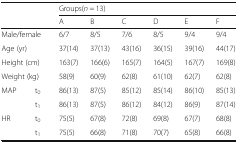
| <ROWSPAN=2-COLSPAN=2>  | <COLSPAN=6> Groups(n = 13) |
 | A | B | C | D | E | F |
 | --- | --- | --- | --- | --- | --- | --- | --- |
 | <COLSPAN=2> Male/female | 6/7 | 8/5 | 7/6 | 8/5 | 9/4 | 9/4 |
 | <COLSPAN=2> Age (yr) | 37(14) | 37(13) | 43(16) | 36(15) | 39(16) | 44(17) |
 | <COLSPAN=2> Height (cm) | 163(7) | 166(6) | 165(7) | 164(5) | 167(7) | 169(8) |
 | <COLSPAN=2> Weight (kg) | 58(9) | 60(9) | 62(8) | 61(10) | 62(7) | 62(8) |
 | <ROWSPAN=2> MAP | t0 | 86(13) | 87(5) | 85(12) | 85(14) | 86(10) | 85(13) |
 | t1 | 86(13) | 87(5) | 86(12) | 84(12) | 86(9) | 87(14) |
 | <ROWSPAN=2> HR | t0 | 75(5) | 67(8) | 72(8) | 69(8) | 67(7) | 68(8) |
 | t1 | 75(5) | 66(8) | 71(8) | 70(7) | 65(8) | 66(8) |